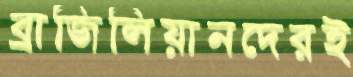
ব্রাজিলিয়ানদেরই